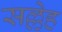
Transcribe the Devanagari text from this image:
सल्लेह